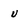
Character: u